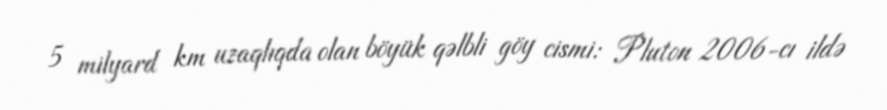
5 milyard km uzaqlıqda olan böyük qəlbli göy cismi: Pluton 2006-cı ildə